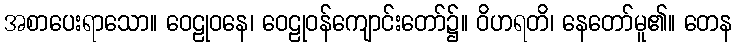
အစာပေးရာသော။ ဝေဠုဝနေ၊ ဝေဠုဝန်ကျောင်းတော်၌။ ဝိဟရတိ၊ နေတော်မူ၏။ တေန